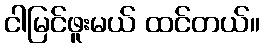
ငါမြင်ဖူးမယ် ထင်တယ်။